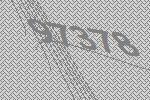
97378